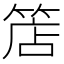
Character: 𥯎